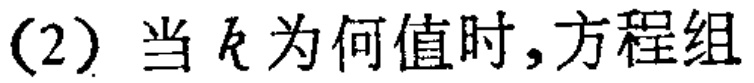
(2) 当 \(k\) 为何值时，方程组